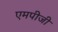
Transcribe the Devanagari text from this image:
एमपीजी